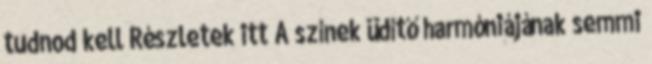
tudnod kell Részletek itt A színek üdítő harmóniájának semmi